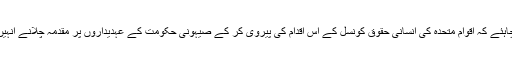
حماس کے ترجمان کے بیان میں کہا گیا ہے کہ عالمی اداروں کو چاہئے کہ اقوام متحدہ کی انسانی حقوق کونسل کے اس اقدام کی پیروی کر کے صیہونی حکومت کے عہدیداروں پر مقدمہ چلانے انہیں ‎سزا دینے اور ساتھ ہی فلسطینی عوام کی حمایت کی کوشش کریں۔